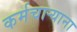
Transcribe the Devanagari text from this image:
कर्मचार्‍याना